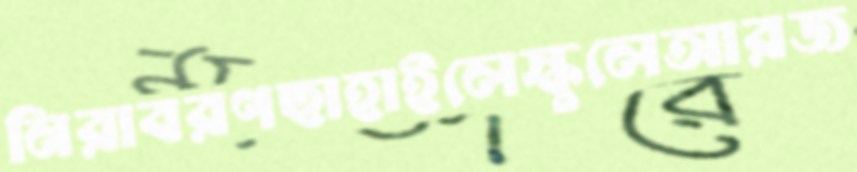
নিরাবরণছাহাইলেস্কুলেআরজ